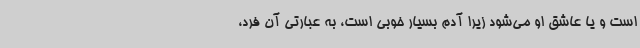
است و یا عاشق او می‌شود زیرا آدم بسیار خوبی است، به عبارتی آن فرد،